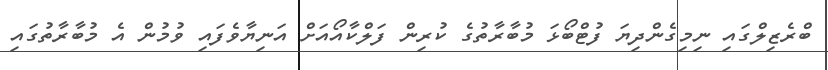
ބްރެޒިލްގައި ނިމިގެންދިޔަ ފުޓްބޯޅަ މުބާރާތުގެ ކުރިން ފަލްކާއޯއަށް އަނިޔާވެފައި ވުމުން އެ މުބާރާތުގައި